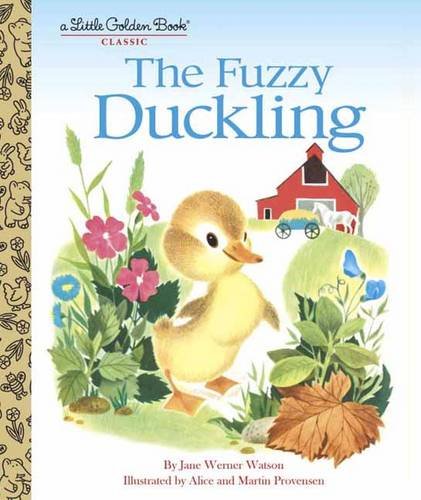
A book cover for The Fuzzy Duckling (Little Golden Book); Jane Werner Watson; Children's Books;